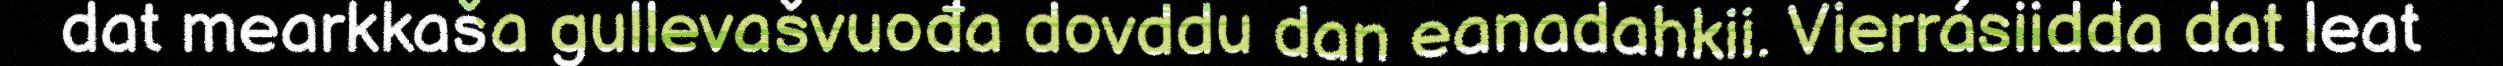
dat mearkkaša gullevašvuođa dovddu dan eanadahkii. Vierrásiidda dat leat